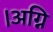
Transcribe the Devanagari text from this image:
।अग्नि